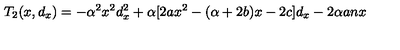
T _ { 2 } ( x , d _ { x } ) = - \alpha ^ { 2 } x ^ { 2 } d _ { x } ^ { 2 } + \alpha [ 2 a x ^ { 2 } - ( \alpha + 2 b ) x - 2 c ] d _ { x } - 2 \alpha a n x